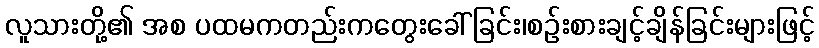
လူသားတို့၏ အစ ပထမကတည်းကတွေးခေါ်ခြင်း၊စဉ်းစားချင့်ချိန်ခြင်းများဖြင့်